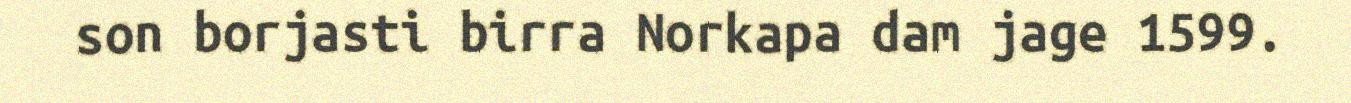
son borjasti birra Norkapa dam jage 1599.